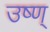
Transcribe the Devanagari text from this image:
उष्ण्